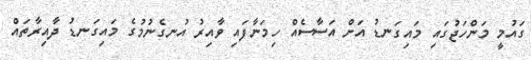
ގައުމީ މަންހަޖުގައި މައިގަނޑު އަށް އަސާސެއް ހިމަނާފައި ވާއިރު އުނގެނުމުގެ މައިގަނޑު ދާއިރާތައް